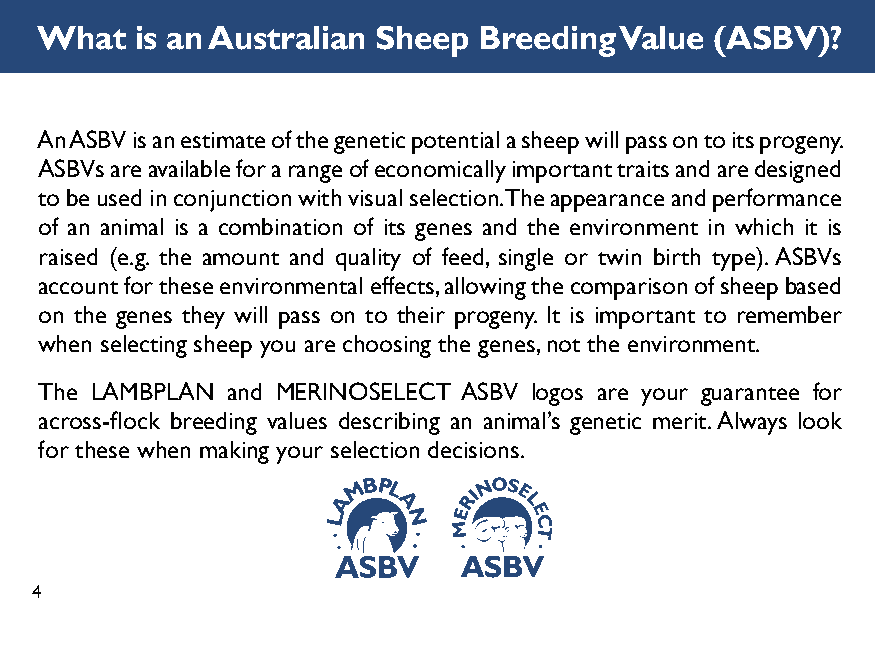
What   is an Australian Sheep Breeding Value (ASBV)?
 An ASBV is an estimate of the genetic potential a sheep will pass on to its progeny.
 ASBVs are available for a range of economically important traits and are designed
 to be used in conjunction with visual selection. The appearance and performance
 of an animal is a combination of its genes and the environment in which it is
 raised (e.g. the amount and quality of feed, single or twin birth type). ASBVs
 account for these environmental effects, allowing the comparison of sheep based
 on the genes they will pass on to their progeny. It is important to remember
 when selecting sheep you are choosing the genes, not the environment.
 The LAMBPLAN and MERINOSELECT ASBV logos are your guarantee for
 across-fl ock breeding values describing an animal’s genetic merit. Always look
 for these when making your selection decisions.
 4